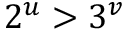
2 ^ { u } > 3 ^ { v }